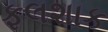
ફલશાક